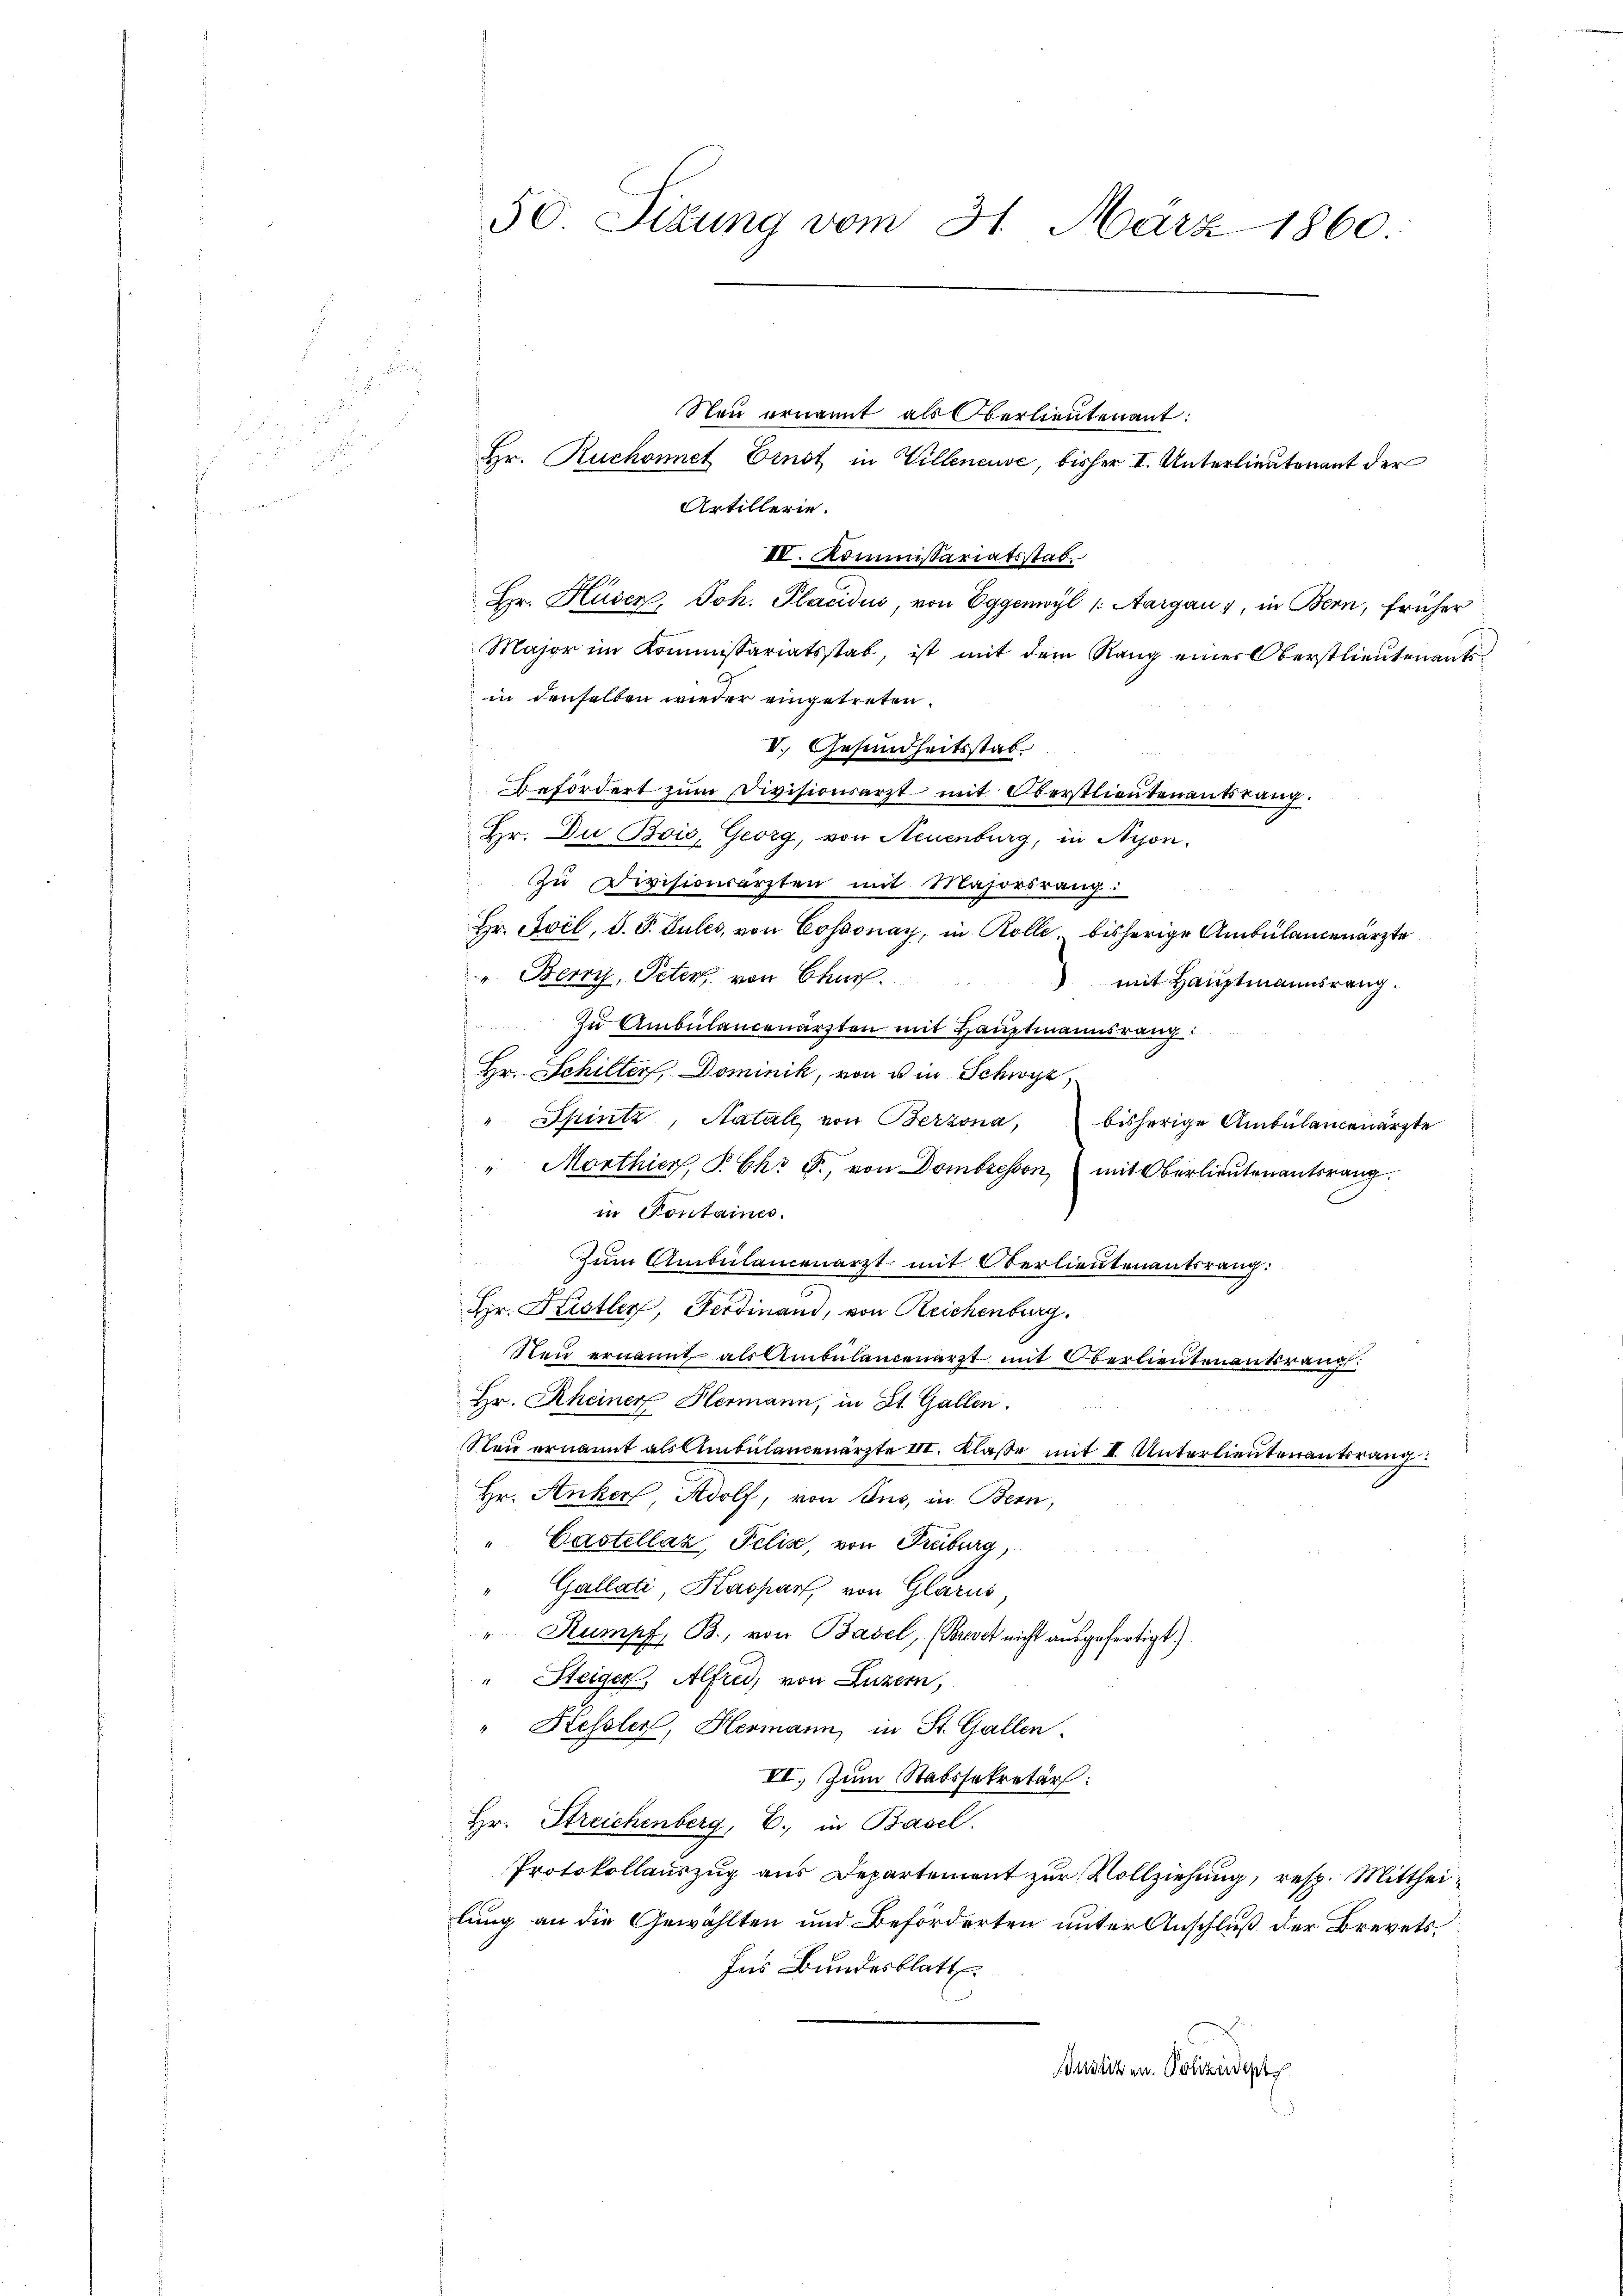
50. Sizung vom 31. März 1860

Neu ernannt als Oberlieutenant:
Hr. Ruchonnet Ernst in Villeneuve, bisher I. Unterlieutenant der
Artillerie.
II. Kommissariatsstab.
Hr. Huser, Joh. Placidi, von Eggenwyl 1. Aargau, in Bern, früher
Major im Kommissariatsstab, ist mit dem Rang einer Oberstlieutenants-
in denselben wieder eingetreten.
V. Gesundheitsstat
Befördert zŭm Divisionsarzt mit Oberstlieutenantsrang.
Hr. Du Bois, Georg, von Neuenburg, in Nyon,
u Divisionsarzten mit Majorsrang:
Hr. Svil, S. P. Lules, von Cossonay, in Rolle, bisherige Ambülanceärzte
"Berry, Peter von Churf.
mit Hauptmannsrang.
 zu Ambülancenärzten mit Hauptmannsrang
Hr. Schiller, Dominik, von es in Schwyz,
" Spintz, Natale von Berzona,
bisherige Ambülancenärzte
"Morthier, P. Ch. F., von Dombresson mit Oberlieutenantsrang.
in Fontaines.
Zum Ambülancenarzt mit Oberlieutenantsrang:
Hr. Kristler, Ferdinand, von Reichenburg.
Neu ernannt als Ambülancenarzt mit Oberlieutenantsrang:
Hr. Rheiner Hermann, in St. Gallen.
Neu ernannt als Ambülancenärzte III. Klasse mit I. Unterlieutenantsrang
Hr. Anker Adolf, von aus, in Bern,
"Castellaz, Felis, von Freiburg,
Gallati, Kaspart, von Glarus
" Stumpf, B., von Basel, (Brevet nicht ausgefertigt.)
" Steiger, Alfred, von Luzern,
" Hessler, Hermann, in St. Gallen.
VI. Zum Stabssekretär:
Hr. Streichenberg, E. in Basel.
Protokollauszug aus Departement zur Vollziehung, resp. Mittheilung an die Gewählten und Beförderten unter Anschluß der Brevets¬
Ins Bundesblatt.
Bustizen. Polizeident